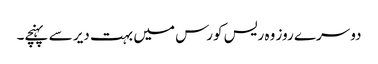
دوسرے روز وہ ریس کورس میں بہت دیر سے پہنچے۔